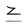
Character: Z